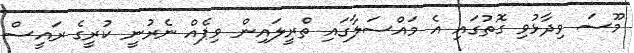
މޫސަ ވިދާޅުވި ގޮތުގައި އެ މައްސަލާގައި ތްރީލައިން ވިޕެއް ނެރުނީ ކުރީގެ ރައީސް